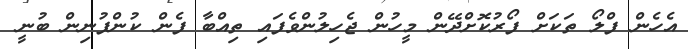
އެހެން ފްލޯ ތަކަށް ފޯރުކޮށްދޭން މީހުން ޖެހިލުންވެފައި ތިއްބާ ފެން ކުންފުނިން ބުނީ